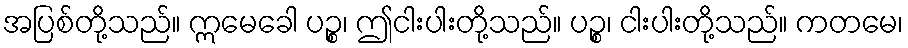
အပြစ်တို့သည်။ ဣမေခေါ ပဉ္စ၊ ဤငါးပါးတို့သည်။ ပဉ္စ၊ ငါးပါးတို့သည်။ ကတမေ၊